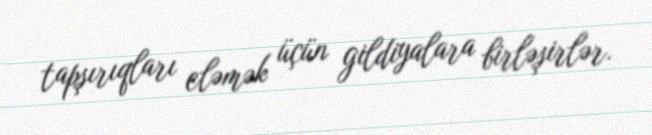
tapşırıqları eləmək üçün gildiyalara birləşirlər.